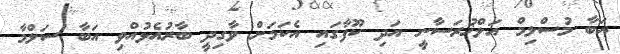
އަބާ މުސްލިމް އަލްޚުރަސާނީ އަދި ކޫފާގައި އެކަމަށް ވާގިދީ ބާރުއެޅުއްވި އަބާ ސަލްމާ